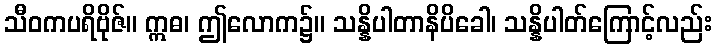
သီဝကပရိဗိုဇ်။ ဣဓ၊ ဤလောက၌။ သန္နိပါတာနိပိခေါ၊ သန္နိပါတ်ကြောင့်လည်း